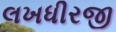
લખધીરજી